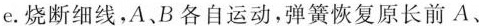
e. 烧断细线，A、B各自运动，弹簧恢复原长前A、